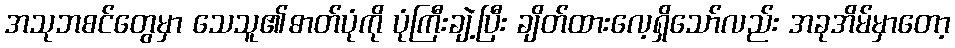
အသုဘစင်တွေမှာ သေသူ၏ဓာတ်ပုံကို ပုံကြီးချဲ့ပြီး ချိတ်ထားလေ့ရှိသော်လည်း အခုအိမ်မှာတော့